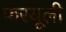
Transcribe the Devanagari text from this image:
फरयूली